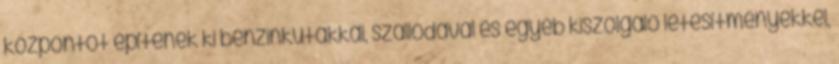
központot építenek ki benzinkutakkal, szállodával és egyéb kiszolgáló létesítményekkel,